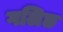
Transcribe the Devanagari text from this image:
गलिछ